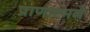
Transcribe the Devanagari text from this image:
प्राणात्मने